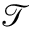
\mathcal { T }